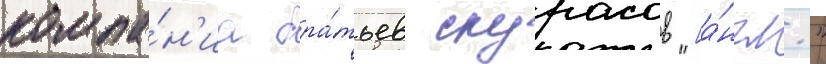
компа́н'иа бра́тьев скурасов "[а́нгл."